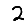
Digit: 2